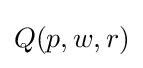
Q(p,w,r)